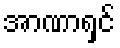
အာဏာရှင်